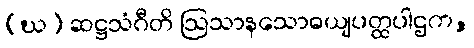
(ဃ) ဆဋ္ဌသံဂီတိ ဩသာနသောဓယျပတ္ထပါဌက,